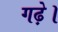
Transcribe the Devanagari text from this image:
गढ़े।